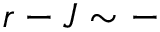
r - J \sim -